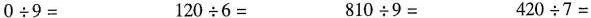
$$0 \div 9 =$$ $$1 2 0 \div 6 =$$ $$8 1 0 \div 9 =$$ $$4 2 0 \div 7 =$$